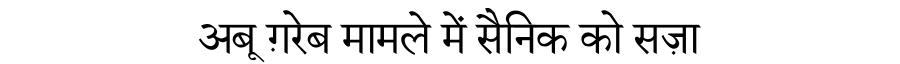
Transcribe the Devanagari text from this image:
अबू ग़रेब मामले में सैनिक को सज़ा